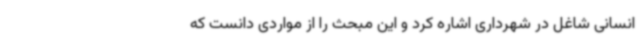
انسانی شاغل در شهرداری اشاره کرد و این مبحث را از مواردی دانست که